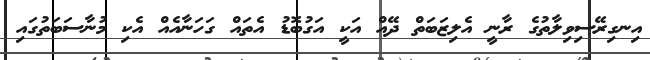
އިނގިރޭސިވިލާތުގެ ރާނީ އެލިޒަބަތް ދޭއް އަކީ އަގުބޮޑު އެތައް ގަހަނާއެއް އެކި މުނާސަބަތުގައި